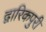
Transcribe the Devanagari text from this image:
द्वारिकपुरी